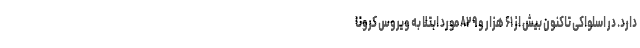
دارد. در اسلواکی تاکنون بیش از ۶۱ هزار و ۸۲۹ مورد ابتلا به ویروس کرونا